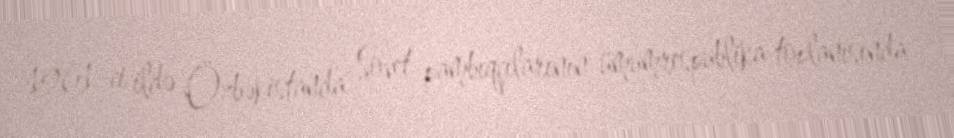
1961-ci ildə Özbəkistanda Sovet pambıqçılarının ümumrespublika toplanısında